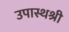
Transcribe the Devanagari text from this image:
उपास्थश्री